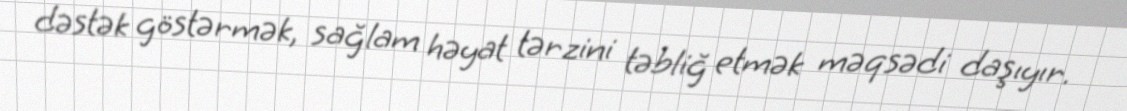
dəstək göstərmək, sağlam həyat tərzini təbliğ etmək məqsədi daşıyır.